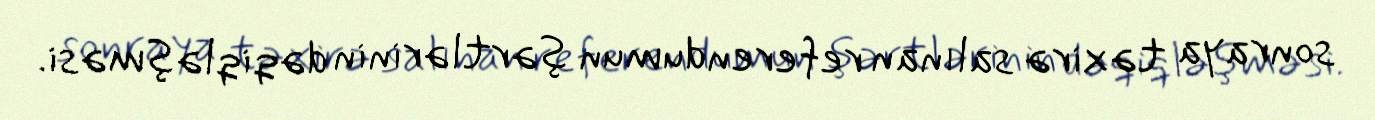
sonraya təxirə salınan referendumun şərtlərinin dəqiqləşməsi.